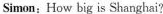
Simon:How big is Shanghai?